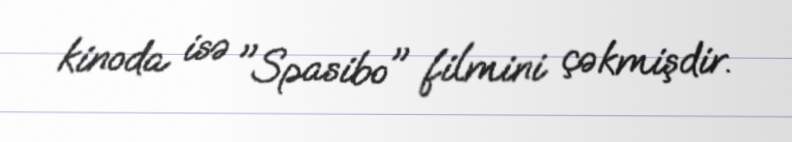
kinoda isə "Spasibo" filmini çəkmişdir.